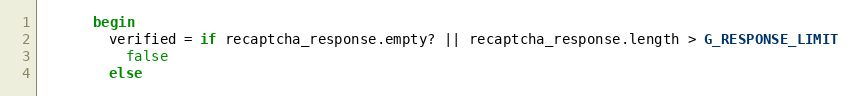
Language: Ruby
      begin
        verified = if recaptcha_response.empty? || recaptcha_response.length > G_RESPONSE_LIMIT
          false
        else